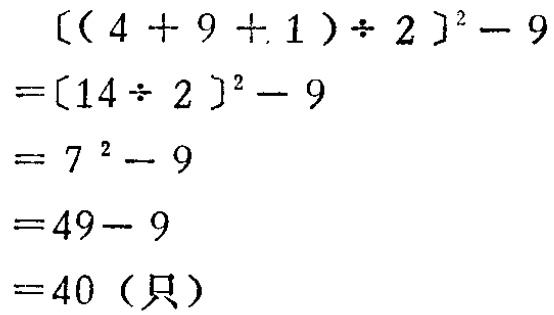
\[

\begin{align*}

[(4 + 9 + 1)\div 2]^2-9&=[14\div 2]^2-9\\

&=7^2 - 9\\

&=49 - 9\\

&=40 (\text{只})

\end{align*}

\]